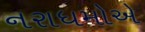
નરાધમોએ